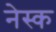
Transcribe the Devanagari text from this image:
नेस्क